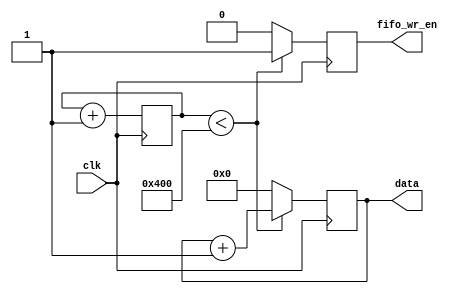
`timescale 1ns / 1ps
//////////////////////////////////////////////////////////////////////////////////
// Company: 
// Engineer: 
// 
// Design Name: 
// Module Name:    data_gen 
// Project Name: 
// Target Devices: 
// Tool versions: 
// Description: 
//
// Dependencies: 
//
// Revision: 
// Revision 0.01 - File Created
// Additional Comments: 
//
//////////////////////////////////////////////////////////////////////////////////
module data_gen(input clk,
//input en,
output fifo_wr_en,
output [7:0] data
    );

reg [16:0] count=0;
reg [7:0] data_int=0;
reg fifo_wr_en_int=0;

always@(posedge clk)
//begin if(en)
		begin
			count<=count+1;
		end
//end

always@(posedge clk)
//begin if(en)
	begin
		if (count<1024)
		begin
			data_int<=data_int+1;
			fifo_wr_en_int<=1;
		end	
		else
		begin
			data_int<=0;
			fifo_wr_en_int<=0;
		end
	end
//end

assign fifo_wr_en=fifo_wr_en_int;
assign data=data_int;

endmodule